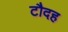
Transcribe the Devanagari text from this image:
टौदह